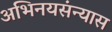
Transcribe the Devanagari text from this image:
अभिनयसंन्यास